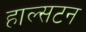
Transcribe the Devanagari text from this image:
हाल्सटन